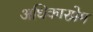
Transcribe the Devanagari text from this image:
अधिकारप्रेम